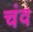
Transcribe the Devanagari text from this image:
चंव